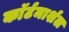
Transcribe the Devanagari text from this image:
काॅर्टमार्शल